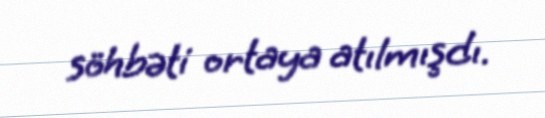
söhbəti ortaya atılmışdı.